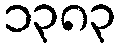
၁၃၈၃